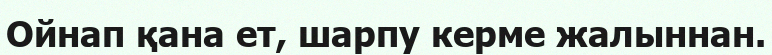
Ойнап қана ет, шарпу керме жалыннан.